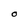
Character: O